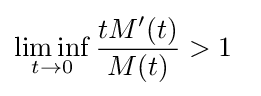
\liminf _{t\to 0}{\frac {tM'(t)}{M(t)}}>1\;\;